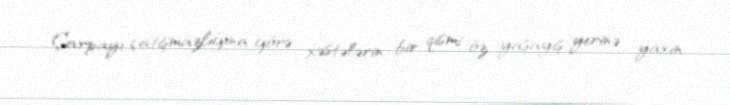
Çarpayı çatışmazlığına görə xəstələrin bir qismi öz yaşayış yerinə yaxın